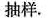
抽样.